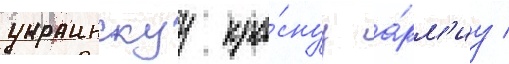
украинскуу кра́снуу а́рм'иу /